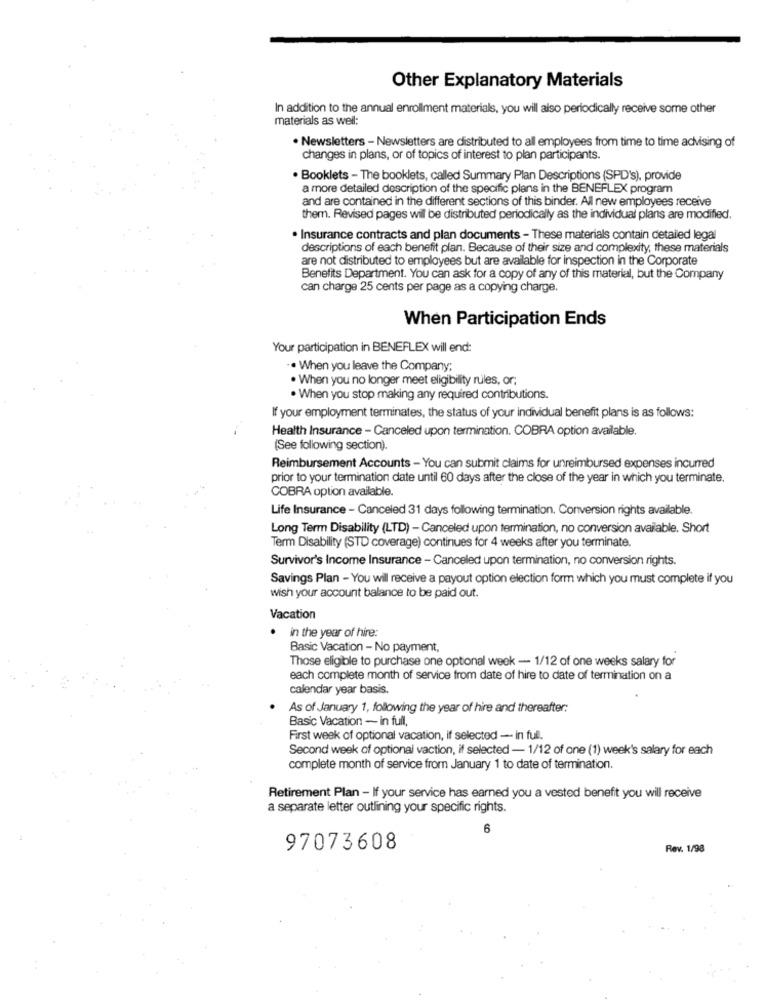
Other Explanatory Materials
In addition to the annual enrollment materials, you will also periodically receive some other
materials as well:
· Newsletters - Newsletters are distributed to all employees from time to time advising of
changes in plans, or of topics of interest to plan participants.
. Booklets - The booklets, called Summary Plan Descriptions (SPD's), provide
a more detailed description of the specific plans in the BENEFLEX program
and are contained in the different sections of this binder. All new employees receive
them. Revised pages wil be distributed periodically as the individual plans are modified.
· Insurance contracts and plan documents - These materials contain detailed legal
descriptions of each benefit plan. Because of their size and complexity, these materials
are not distributed to employees but are available for inspection in the Corporate
Benefits Department. You can ask for a copy of any of this material, but the Company
can charge 25 cents per page as a copying charge.
When Participation Ends
Your participation in BENEFLEX will end:
. When you leave the Company;
. When you no longer meet eligibility rules, or;
. When you stop making any required contributions.
If your employment terminates, the status of your individual benefit plans is as follows:
Health Insurance - Canceled upon termination. COBRA option available.
(See following section).
Reimbursement Accounts - You can submit claims for unreimbursed expenses incurred
prior to your termination date until 60 days after the close of the year in which you terminate.
COBRA option available.
Life Insurance - Canceled 31 days following termination. Conversion rights available.
Long Term Disability (LTD) - Canceled upon termination, no conversion available. Short
Term Disability (STD coverage) continues for 4 weeks after you terminate
Survivor's Income Insurance - Canceled upon termination, no conversion rights.
Savings Plan - You wil receive a payout option election form which you must complete if you
wish your account balance to be paid out.
Vacation
in the year of hire:
Basic Vacation - No payment,
Those eligible to purchase one optional week - 1/12 of one weeks salary for
each complete month of service from date of hire to date of termination on a
calendar year basis.
As of January 1, following the year of hire and thereafter:
Basic Vacation - in full,
First week of optional vacation, if selected - in full.
Second week of optional vaction, if selected - 1/12 of one (1) week's salary for each
complete month of service from January 1 to date of termination.
Retirement Plan - If your service has earned you a vested benefit you will receive
a separate letter outlining your specific rights.
6
97073608
Rev. 1/98